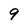
Character: 9